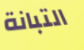
التبانة